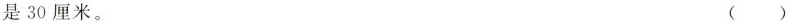
是30厘米。 ( )